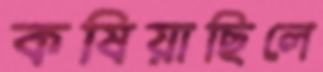
কষিয়াছিলে